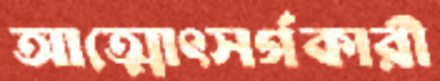
আত্মোৎসর্গকারী